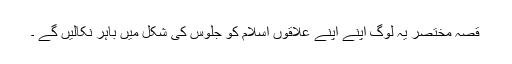
قصہ مختصر یہ لوگ اپنے اپنے علاقوں اسلام کو جلوس کی شکل میں باہر نکالیں گے ۔